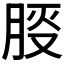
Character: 𪱠